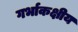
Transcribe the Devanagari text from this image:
गर्भाकक्षीय